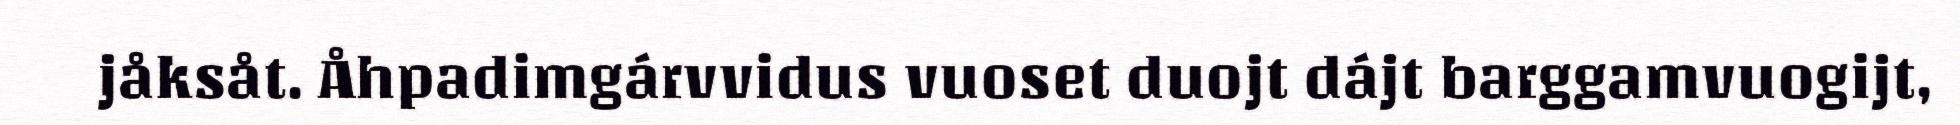
jåksåt. Åhpadimgárvvidus vuoset duojt dájt barggamvuogijt,